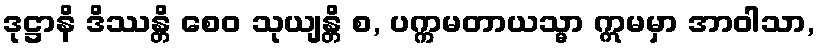
ဒုဋ္ဌာနိ ဒိဿန္တိ စေဝ သုယျန္တိ စ, ပက္ကမတာယသ္မာ ဣမမှာ အာဝါသာ,